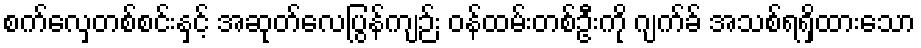
စက်လှေတစ်စင်းနှင့် အဆုတ်လေပြွန်ကျဉ်း ဝန်ထမ်းတစ်ဦးကို ဂျက်ခ် အသစ်ရရှိထားသော